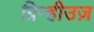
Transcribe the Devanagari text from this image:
ग्रिन्हीउज़